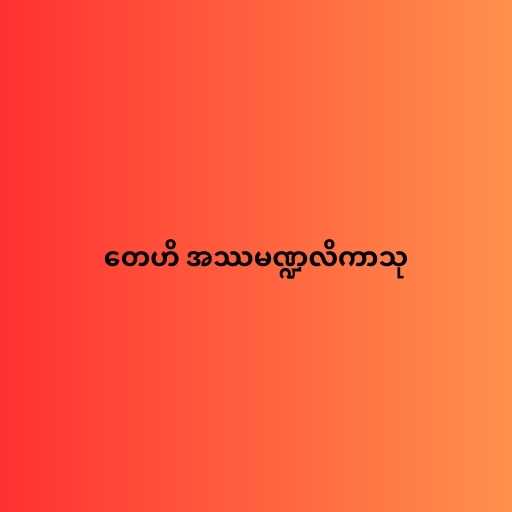
တေဟိ အဿမဏ္ဍလိကာသု